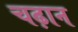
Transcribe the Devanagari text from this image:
चढ़ान